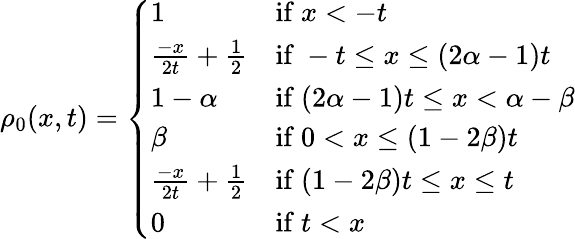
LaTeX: \rho_{0}(x,t)=\left\{ \begin{array}{ll}{1}&{\mathrm{if~}x<-t}\\ {\frac{-x}{2t}+\frac{1}{2}}&{\mathrm{if~}-t\leq x\leq(2\alpha-1)t}\\ {1-\alpha}&{\mathrm{if~}(2\alpha-1)t\leq x<\alpha-\beta}\\ {\beta}&{\mathrm{if~}0<x\leq(1-2\beta)t}\\ {\frac{-x}{2t}+\frac{1}{2}}&{\mathrm{if~}(1-2\beta)t\leq x\leq t}\\ {0}&{\mathrm{if~}t<x}\end{array}\right.